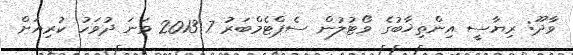
ވާދޫ: ރިޔާސީ އިންތިޚާބުގެ ވޯޓުލުން ސެޕްޓެމްބަރު 7 2013 ވަނަ ދުވަހު ކުރިއަށް